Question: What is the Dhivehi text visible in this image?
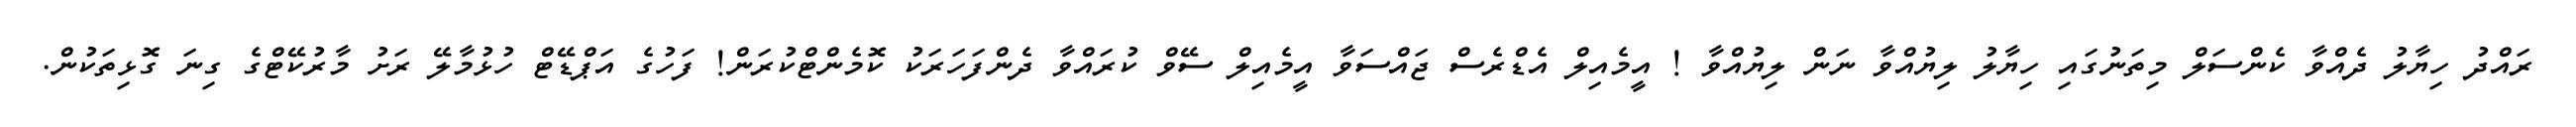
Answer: ރައްދު ހިޔާލު ދެއްވާ ކެންސަލް މިތަނުގައި ހިޔާލު ލިޔުއްވާ ނަން ލިޔުއްވާ ! އީމެއިލް އެޑްރެސް ޖައްސަވާ އީމެއިލް ސޭވް ކުރައްވާ ދެންފަހަރަކު ކޮމެންޓްކުރަން! ފަހުގެ އަޕްޑޭޓް ހުޅުމާލޭ ރަށު މާރުކޭޓްގެ ގިނަ ގޮޅިތަކުން.